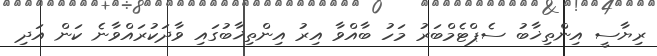
ރިޔާސީ އިންތިޚާބު ސެޕްޓެމްބަރު މަހު ބާއްވާ އިރު އިންތިޚާބުގައި ވާދަކުރައްވާނެ ކަން އަދި